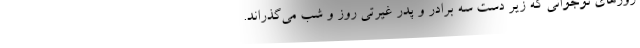
روزهای نوجوانی که زیر دست سه برادر و پدر غیرتی روز و شب می‌گذراند.